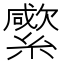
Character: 䌠